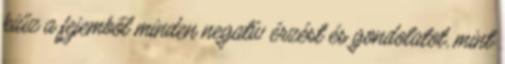
kiűz a fejemből minden negatív érzést és gondolatot, mint